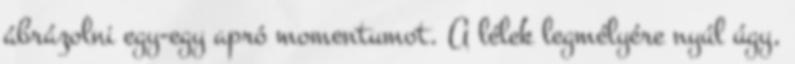
ábrázolni egy-egy apró momentumot. A lélek legmélyére nyúl úgy,